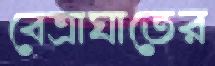
বেত্রাঘাতের